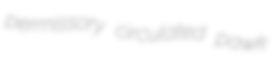
permissory circulated pawk